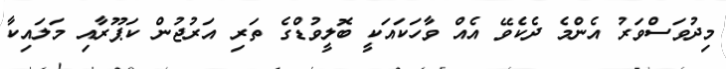
މިދުވަސްވަރު އެންމެ ދެކެވޭ އެއް ވާހަކައަކީ ބޮލީވުޑްގެ ތަރި އަރުޖުން ކަޕޫރާއި މަލައިކާ